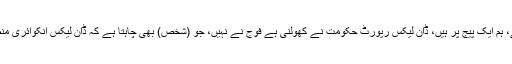
میجر جنرل آصف غفور کا کہنا تھا کہ سول ملٹری تعلقات میں کوئی اختلاف نہیں ہے، ہم ایک پیج پر ہیں، ڈان لیکس رپورٹ حکومت نے کھولنی ہے فوج نے نہیں، جو (شخص) بھی چاہتا ہے کہ ڈان لیکس انکوائری منظرعام پر آئے وہ حکومت سے درخواست کرے کیونکہ حقائق جاننا عوام کا حق ہے۔